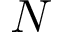
N